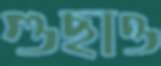
গুছাও